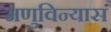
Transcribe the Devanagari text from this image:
अणुविन्यास